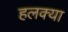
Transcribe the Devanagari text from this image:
हलक्‍या